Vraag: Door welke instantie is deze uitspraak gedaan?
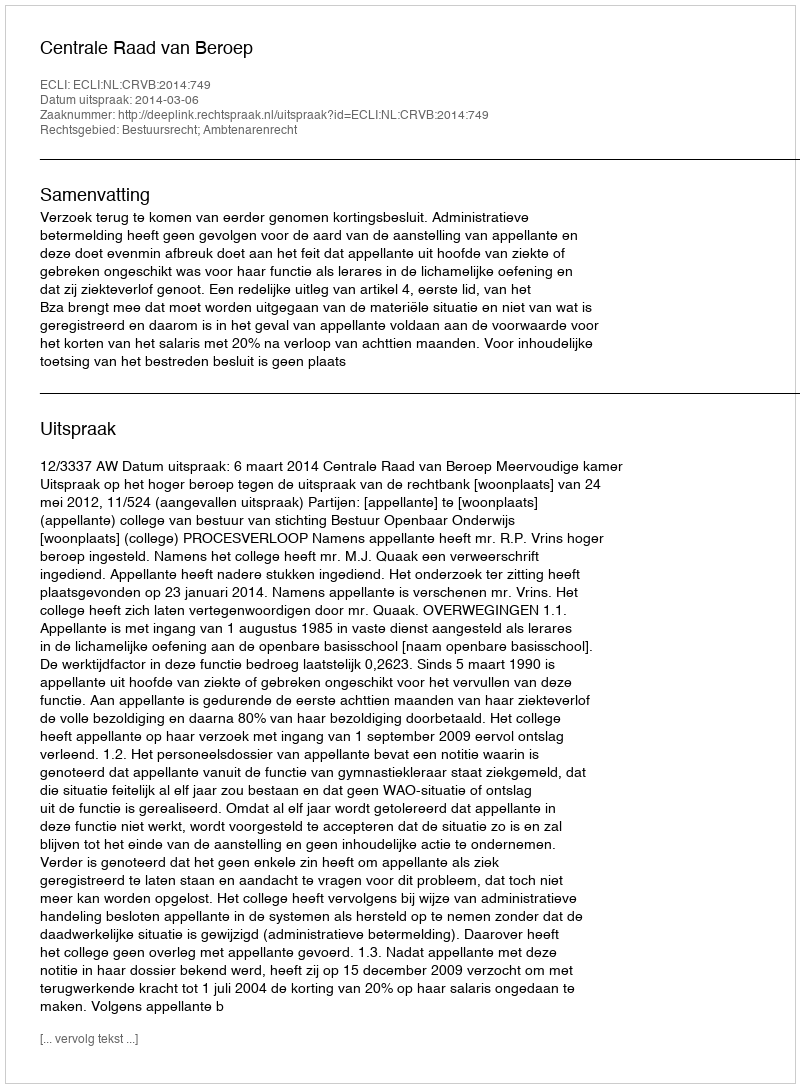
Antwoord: Centrale Raad van Beroep